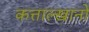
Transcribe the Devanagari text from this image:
कत्ताल्खानो